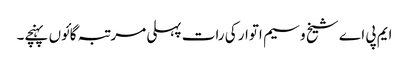
ایم پی اے شیخ وسیم اتوار کی رات پہلی مرتبہ گائوں پہنچے۔